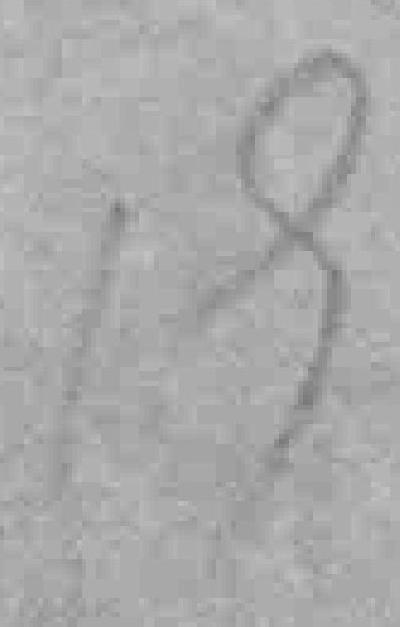
19